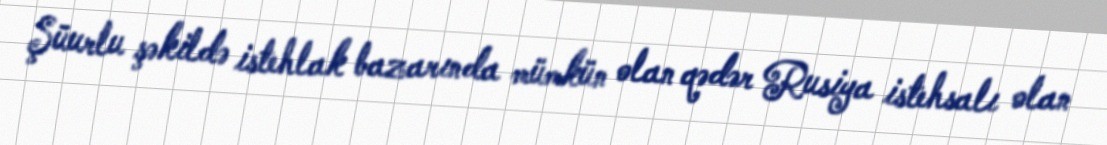
Şüurlu şəkildə istehlak bazarında mümkün olan qədər Rusiya istehsalı olan